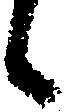
候